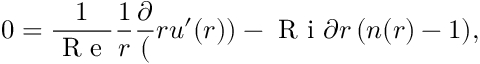
0 = \frac { 1 } { \mathrm { ~ R ~ e ~ } } \frac { 1 } { r } \frac { \partial } ( r u ^ { \prime } ( r ) ) - \mathrm { ~ R ~ i ~ } { \partial r } \, ( n ( r ) - 1 ) ,